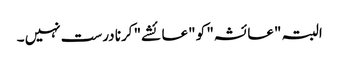
البتہ "عائشہ" کو "عائشے" کرنا درست نہیں ۔